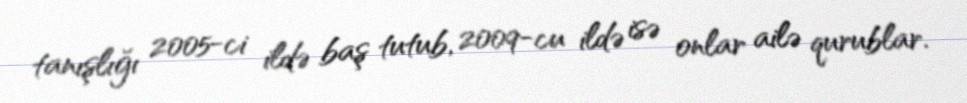
tanışlığı 2005-ci ildə baş tutub, 2009-cu ildə isə onlar ailə qurublar.